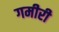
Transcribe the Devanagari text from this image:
गमीरी